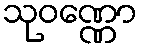
သုဝဏ္ဏော